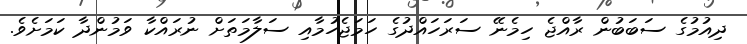
ދިއުމުގެ ސަބަބުން ރާއްޖެ ހިމެނޭ ސަރަހައްދުގެ ހަމަޖެހުމާއި ސަލާމަތަށް ނުރައްކާ ވަމުންދާ ކަމަށެވެ.